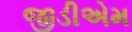
જીડીએમ